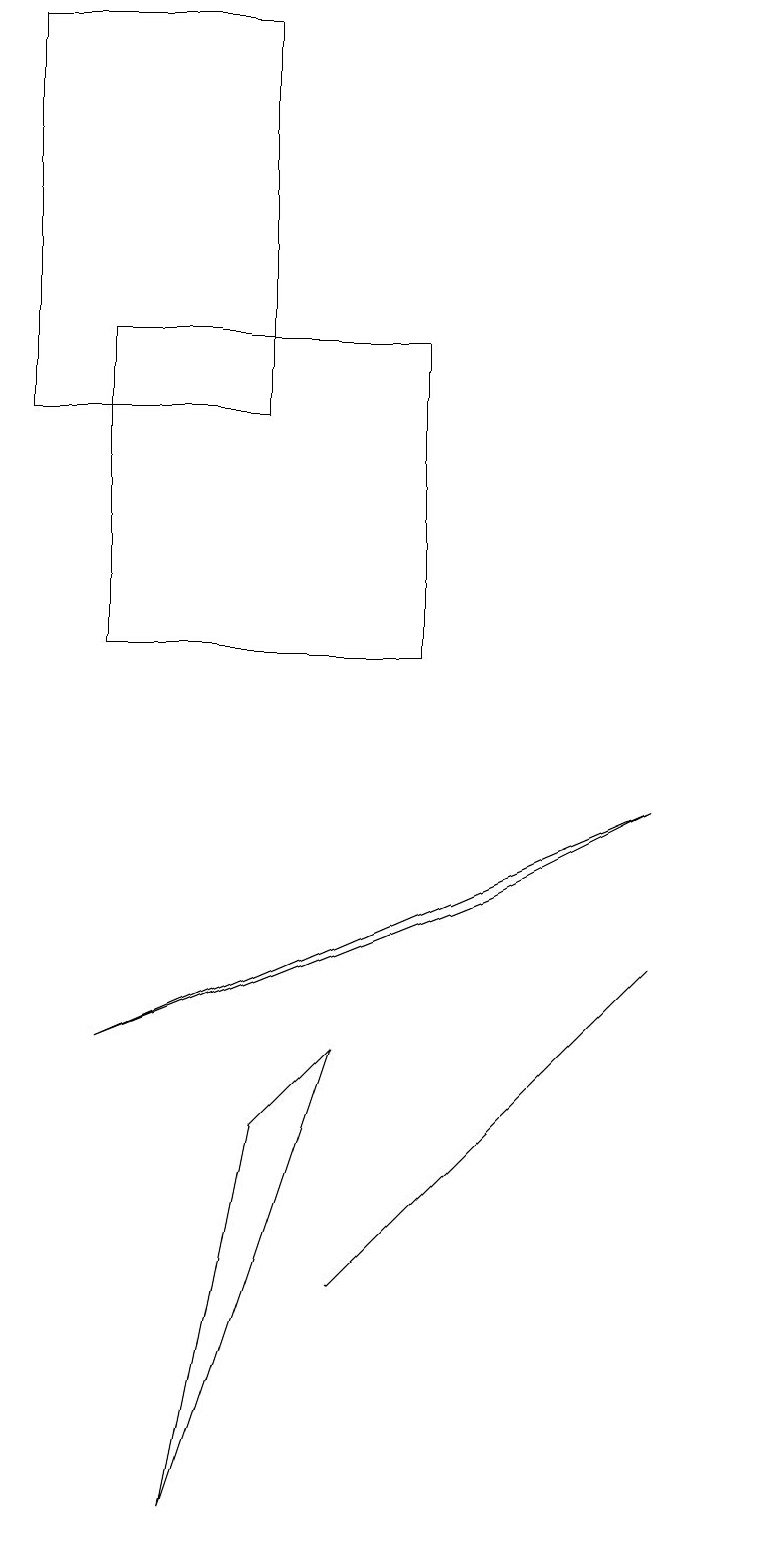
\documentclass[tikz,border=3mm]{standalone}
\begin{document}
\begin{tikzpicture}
\draw (7,5) -- (5,3) -- (9,7) -- cycle;
\draw (5,6) -- (4,5) -- (3,0) -- cycle;
\draw (2,15) rectangle (6,11);
\draw (9,9) -- (7,8) -- (2,6) -- cycle;
\draw (10,10) circle (0);
\draw (1,14) rectangle (4,19);
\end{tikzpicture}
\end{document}